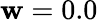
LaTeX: \mathbf{w}=0.0